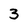
Character: 3